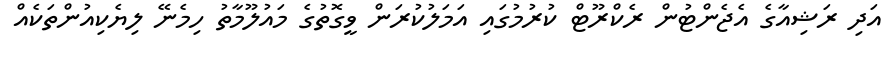
އަދި ރަޝިއާގެ އެޖެންޓުން ރެކްރޫޓް ކުރުމުގައި އަމަލުކުރަން ވީގޮތުގެ މައުލޫމާތު ހިމެނޭ ލިޔެކިއުންތަކެއް